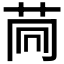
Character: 𦮏